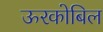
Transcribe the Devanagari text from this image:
ऊरकोबिल